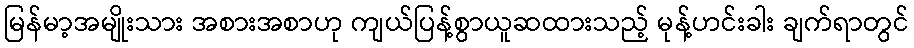
မြန်မာ့အမျိုးသား အစားအစာဟု ကျယ်ပြန့်စွာယူဆထားသည့် မုန့်ဟင်းခါး ချက်ရာတွင်